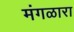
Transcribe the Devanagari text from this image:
मंगळारा